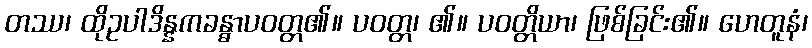
တဿ၊ ထိုဥပါဒိန္နကခန္ဓာပဝတ္တ၏။ ပဝတ္တ၊ ၏။ ပဝတ္တိယာ၊ ဖြစ်ခြင်း၏။ ဟေတူနံ၊